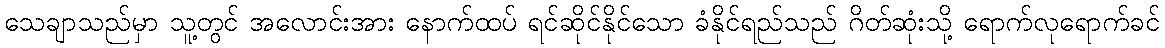
သေချာသည်မှာ သူ့တွင် အလောင်းအား နောက်ထပ် ရင်ဆိုင်နိုင်သော ခံနိုင်ရည်သည် ဂိတ်ဆုံးသို့ ရောက်လုရောက်ခင်